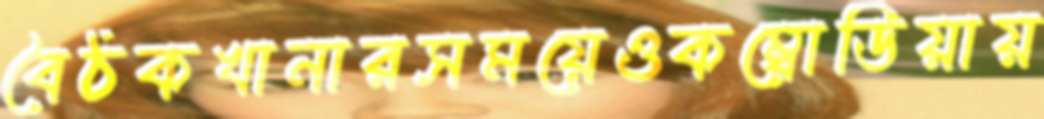
বৈঠকখানারসময়েওকম্বোডিয়ায়